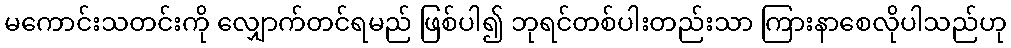
မကောင်းသတင်းကို လျှောက်တင်ရမည် ဖြစ်ပါ၍ ဘုရင်တစ်ပါးတည်းသာ ကြားနာစေလိုပါသည်ဟု